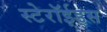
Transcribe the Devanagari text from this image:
स्टेरॉईड्स